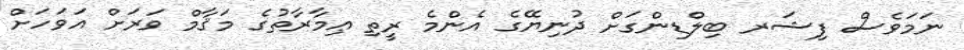
ނަމަވެސް ފިޝަރ ބިލްޑިންގަށް ދުނިޔޭގެ އެންމެ ރީތި ޢިމާރާތުގެ މަޤާމް ވަރަށް އަވަހަށް